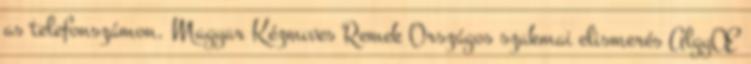
as telefonszámon. Magyar Kézmıves Remek Országos szakmai elismerés AlgyŒ